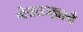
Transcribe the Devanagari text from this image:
नेत्रतज्ज्ञाने